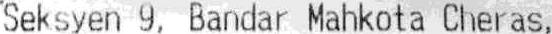
SEKSYEN 9, BANDAR MAHKOTA CHERAS,